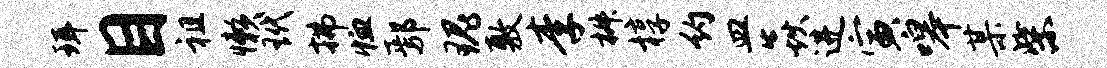
珥目祖懒玳拂恤鄢瑰敷李椒椁约皿焱进寅嗥某柴